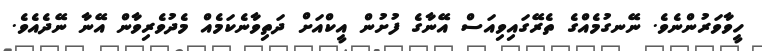
ހީވާވަރުންނެވެ. ނޭނގުމެއްގެ ތެރޭގައިވިއަސް އޭނާގެ ފުށުން އީކްއަށް ދަތިވާނެކަމެއް މެދުވެރިވާން އޭނާ ނޭދެއެވެ.